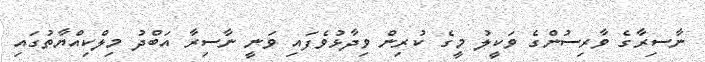
ނާސިރާގެ ވާރިސުންގެ ވަކީލު މީގެ ކުރިން ވިދާޅުވެފައި ވަނީ ނާސިރާ އަބްދު މިލްކިއްޔާތުގައި